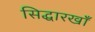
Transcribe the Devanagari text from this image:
सिद्धारखॉँ